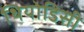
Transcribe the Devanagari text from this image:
थियोडिसी